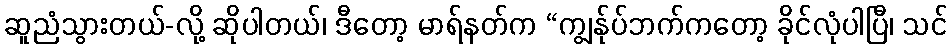
ဆူညံသွားတယ်-လို့ ဆိုပါတယ်၊ ဒီတော့ မာရ်နတ်က “ကျွန်ုပ်ဘက်ကတော့ ခိုင်လုံပါပြီ၊ သင်